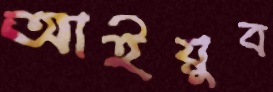
আইয়ুব